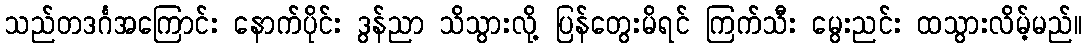
သည်တဒင်္ဂအကြောင်း နောက်ပိုင်း ဒွန်ညာ သိသွားလို့ ပြန်တွေးမိရင် ကြက်သီး မွေးညင်း ထသွားလိမ့်မည်။